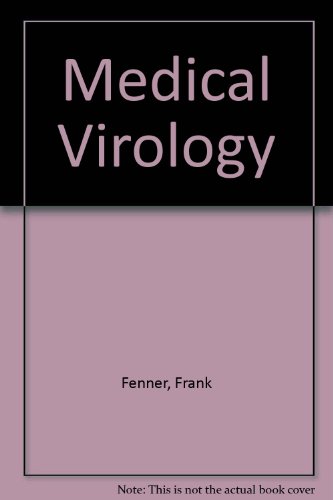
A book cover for Medical Virology; Frank Fenner; Medical Books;